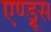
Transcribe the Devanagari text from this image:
एण्ड्रूस